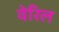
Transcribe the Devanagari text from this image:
वेरिल